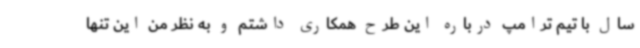
سال با تیم ترامپ درباره این طرح همکاری داشتم و به نظر من این تنها